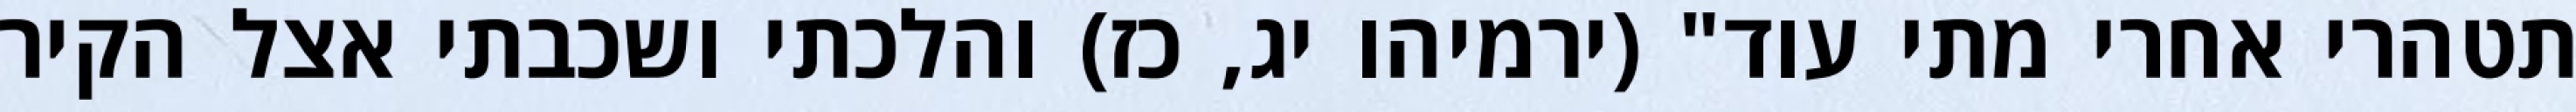
תטהרי אחרי מתי עוד" (ירמיהו יג, כז) והלכתי ושכבתי אצל הקיר